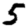
Digit: 5